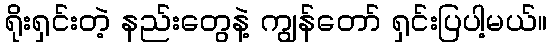
ရိုးရှင်းတဲ့ နည်းတွေနဲ့ ကျွန်တော် ရှင်းပြပါ့မယ်။